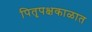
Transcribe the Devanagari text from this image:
पितृपक्षकाळात